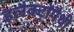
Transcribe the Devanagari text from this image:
इलैक्ट्रोपैथी